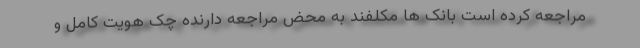
مراجعه کرده است بانک ها مکلفند به محض مراجعه دارنده چک هویت کامل و